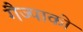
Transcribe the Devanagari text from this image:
गैज्पाको